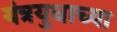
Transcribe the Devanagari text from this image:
यंत्रयुधाच्या